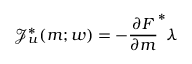
\mathcal { J } _ { u } ^ { * } ( m ; w ) = - \frac { \partial F } { \partial m } ^ { * } \lambda